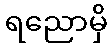
ရညောမှိ